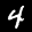
Label: 4